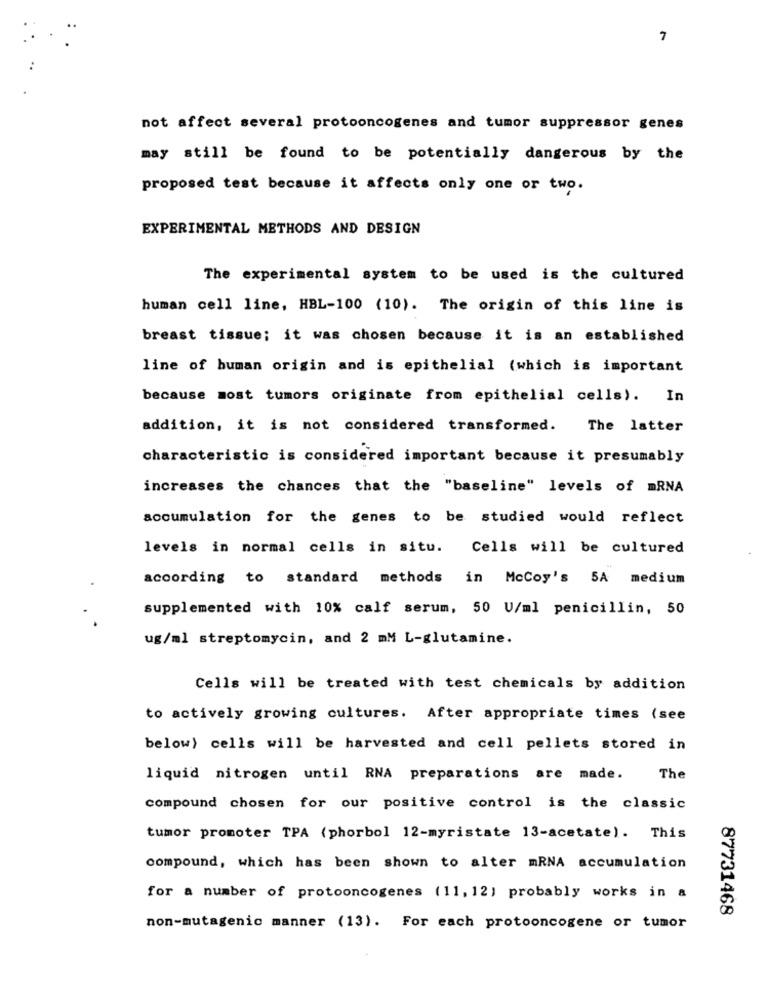
7
not affect several protooncogenes and tumor suppressor genes
may still be found to be potentially dangerous by the
proposed test because it affects only one or two.
EXPERIMENTAL METHODS AND DESIGN
The experimental system to be used is the cultured
human cell line, HBL-100 (10). The origin of this line is
breast tissue; it was chosen because it is an established
line of buman origin and is epithelial (which is important
because most tumors originate from epithelial cells). In
addition, it is not considered transformed.
The latter
characteristic is considered important because it presumably
increases the chances that the "baseline" levels of mRNA
accumulation for the genes to be studied would reflect
levels in normal cells in situ. Cells will be cultured
according to standard methods in McCoy's 5A medium
supplemented with 10% calf serum, 50 U/ml penicillin, 50
ug/ml streptomycin, and 2 mM L-glutamine.
Cells will be treated with test chemicals by addition
to actively growing cultures. After appropriate times (see
below) cells will be harvested and cell pellets stored in
liquid nitrogen until RNA preparations are made.
The
compound chosen for our positive control is the classic
tumor promoter TPA (phorbol 12-myristate 13-acetate). This
compound, which has been shown to alter mRNA accumulation
for a number of protooncogenes (11, 12) probably works in a
87731468
non-mutagenic manner (13). For each protooncogene or tumor